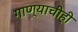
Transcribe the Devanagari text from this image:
गाण्याचीही